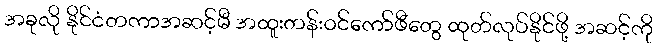
အခုလို နိုင်ငံတကာအဆင့်မီ အထူးတန်းဝင်ကော်ဖီတွေ ထုတ်လုပ်နိုင်ဖို့ အဆင့်ကို